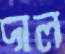
দাল